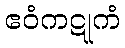
ဧဝံကဋုကံ